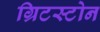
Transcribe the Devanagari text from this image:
ग्रिटस्टोन